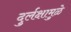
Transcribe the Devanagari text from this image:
दुर्लक्षामुळे